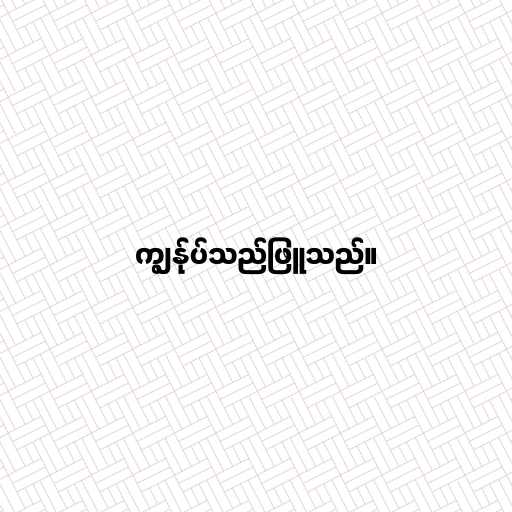
ကျွန်ုပ်သည်ဖြူသည်။